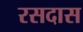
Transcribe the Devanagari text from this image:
रसदास